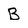
Character: B